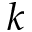
k